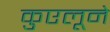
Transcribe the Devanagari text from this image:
कुएलूने